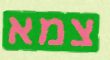
צמא